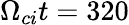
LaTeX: \Omega_{ci}t=320